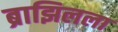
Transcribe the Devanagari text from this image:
ब्राझिलला